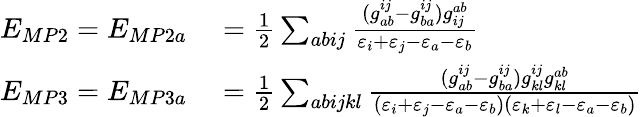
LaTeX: \begin{array}{rl}{E_{MP2}=E_{MP2a}}&{{}=\frac{1}{2}\sum_{abij}\frac{(g_{ab}^{ij}-g_{ba}^{ij})g_{ij}^{ab}}{\varepsilon_{i}+\varepsilon_{j}-\varepsilon_{a}-\varepsilon_{b}}}\\ {E_{MP3}=E_{MP3a}}&{{}=\frac{1}{2}\sum_{abijkl}\frac{(g_{ab}^{ij}-g_{ba}^{ij})g_{kl}^{ij}g_{kl}^{ab}}{(\varepsilon_{i}+\varepsilon_{j}-\varepsilon_{a}-\varepsilon_{b})(\varepsilon_{k}+\varepsilon_{l}-\varepsilon_{a}-\varepsilon_{b})}}\end{array}